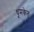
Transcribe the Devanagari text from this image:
धूमकेतुः